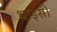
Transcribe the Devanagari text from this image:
थाइसी